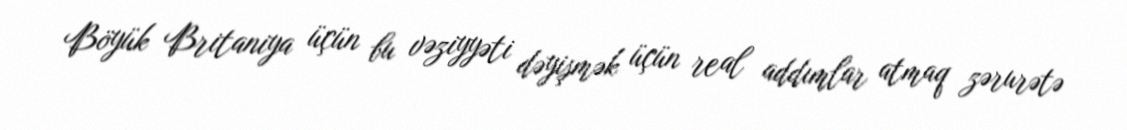
Böyük Britaniya üçün bu vəziyyəti dəyişmək üçün real addımlar atmaq zərurətə